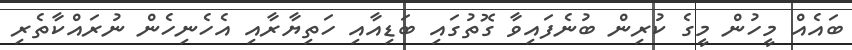
ބައެއް މީހުން މީގެ ކުރިން ބުނެފައިވާ ގޮތުގައި ބަޑިއާއި ހަތިޔާރާއި އެހެނިހެން ނުރައްކާތެރި